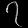
Digit: ၇